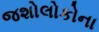
જશોલોકોના